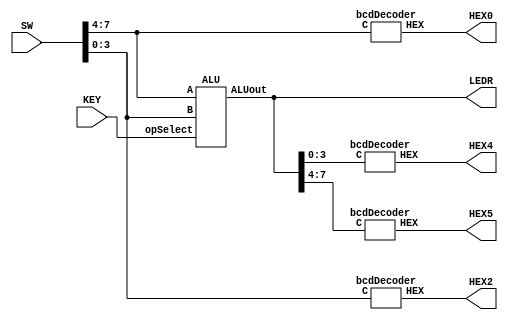
module lab3part3 (input [7:0] SW, input [2:0] KEY, output [7:0] LEDR,
						output [6:0] HEX0, HEX2, HEX4, HEX5);
						
	wire [7:0] ALUout; 
	
	bcdDecoder inputDisp1 (.C(SW[7:4]), .HEX(HEX0)); //input display
	bcdDecoder inputDisp2 (.C(SW[3:0]), .HEX(HEX2)); //input display
	
	ALU u1(.A(SW[7:4]), .B(SW[3:0]), .opSelect(KEY[2:0]), .ALUout(ALUout)); //instantiates ALU
	
	assign LEDR = ALUout; //LEDR depends on ALUout
	
	bcdDecoder outputDisp1 (.C(ALUout[3:0]), .HEX(HEX4)); //output display
	bcdDecoder outputDisp2 (.C(ALUout[7:4]), .HEX(HEX5)); //output display

endmodule

module fullAdder(input a, b, cin, output s, cout);

	assign s = a ^ b ^ cin; //XOR relationship
	assign cout = (a & b) | (a & cin) | (b & cin); //cout based on sum of products

endmodule

module adder (A, B, S, Cin, Cout);

	input [3:0]A,B; 
	input Cin;
	output [3:0]S;
	output Cout;
	wire w1, w2, w3; //to connect cin and cout between two instances of fullAdder module
	
	fullAdder u1(.a(A[0]), .b(B[0]), .cin(Cin), .s(S[0]), .cout(w1)); //instantiates fullAdder 4 times
	fullAdder u2(.a(A[1]), .b(B[1]), .cin(w1), .s(S[1]), .cout(w2));
	fullAdder u3(.a(A[2]), .b(B[2]), .cin(w2), .s(S[2]), .cout(w3));
	fullAdder u4(.a(A[3]), .b(B[3]), .cin(w3), .s(S[3]), .cout(Cout));

endmodule

module ALU(input [3:0]A, B, input [2:0] opSelect, output reg [7:0] ALUout);
	
	wire [4:0] adderOut; //output of adder is assigned to this 4 bit wire and then used in the always block
	
	adder u1(.A(A), .B(B), .S(adderOut[3:0]), .Cin(1'b0), .Cout(adderOut[4]));
	
	always @(*)
		begin
		case(opSelect[2:0])
	 
			//case 0
			3'b111: ALUout = adderOut;
			3'b111: ALUout[7:5] = 0;
			
			//case 1
			3'b110: ALUout = A + B;
			3'b110: ALUout[7:5] = 0;
			
			//case2
			3'b101: ALUout = {{~(A | B)}, {~(A & B)}};
			
			//case 3
			3'b100: ALUout = {(A > 0) | (B > 0)} ? (8'b11000000):(8'b00000000);
			
			//case 4
			3'b011: 
				if (( A[0] + A[1] + A[2] + A[3] == 2) & (B[0] + B[1] + B[2] + B[3] == 3)) 
				begin
				ALUout= 8'b00111111;
				end
				
				else begin
				ALUout= 8'b00000000;
				end
				
			// case 5
			3'b010: ALUout = {{B}, {~A}}; 
			
			//case 6
			3'b001: ALUout = {{A^B}, {~(A^B)}};
			
			default: ALUout = 8'b00000000; //default case
		
	  endcase 
	end
	
endmodule

module bcdDecoder (input [3:0] C, output [6:0] HEX); // bcdDecoder

				// maxterms
				assign HEX[0] = ((C[3]|C[2]|C[1]|!C[0]) & (C[3]|!C[2]|C[1]|C[0]) & 
								(!C[3]|C[2]|!C[1]|!C[0]) & (!C[3]|!C[2]|C[1]|!C[0]));
								
				assign HEX[1] = ((C[3]|!C[2]|C[1]|!C[0]) & (C[3]|!C[2]|!C[1]|C[0]) & 
								(!C[3]|C[2]|!C[1]|!C[0]) & (!C[3]|!C[2]|C[1]|C[0]) & 
								(!C[3]|!C[2]|!C[1]|C[0]) & (!C[3]|!C[2]|!C[1]|!C[0]));
								
				assign HEX[2] = ((C[3]|C[2]|!C[1]|C[0]) & (!C[3]|!C[2]|C[1]|C[0]) & 
								(!C[3]|!C[2]|!C[1]|C[0]) & (!C[3]|!C[2]|!C[1]|!C[0]));
								
				assign HEX[3] = ((C[3]|C[2]|C[1]|!C[0]) & (C[3]|!C[2]|C[1]|C[0]) & 
								(C[3]|!C[2]|!C[1]|!C[0]) & (!C[3]|C[2]|C[1]|!C[0]) & 
								(!C[3]|C[2]|!C[1]|C[0]) & (!C[3]|!C[2]|!C[1]|!C[0]));
								
				assign HEX[4] = ((C[3]|C[2]|C[1]|!C[0]) & (C[3]|C[2]|!C[1]|!C[0]) & 
								(C[3]|!C[2]|C[1]|C[0]) & (C[3]|!C[2]|C[1]|C[0]) &
								(C[3]|!C[2]|C[1]|!C[0]) & (C[3]|!C[2]|!C[1]|!C[0]) &
								(!C[3]|C[2]|C[1]|!C[0]));
								
				assign HEX[5] = ((C[3]|C[2]|C[1]|!C[0]) & (C[3]|C[2]|!C[1]|C[0]) & 
								(C[3]|C[2]|!C[1]|!C[0]) & (C[3]|!C[2]|!C[1]|!C[0]) & 
								(!C[3]|!C[2]|C[1]|!C[0]));
								
				assign HEX[6] = ((C[3]|C[2]|C[1]|C[0]) & (C[3]|C[2]|C[1]|!C[0]) & 
								(C[3]|!C[2]|!C[1]|!C[0]) & (!C[3]|!C[2]|C[1]|C[0]));

endmodule